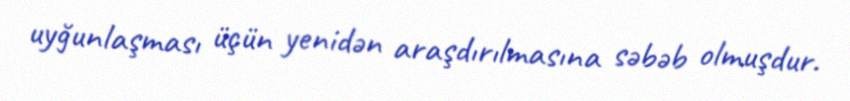
uyğunlaşması üçün yenidən araşdırılmasına səbəb olmuşdur.